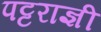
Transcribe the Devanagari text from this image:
पट्टराज्ञी